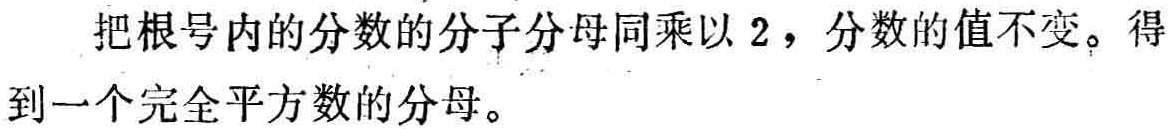
把根号内的分数的分子分母同乘以 \(2\)，分数的值不变。得到一个完全平方数的分母。